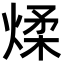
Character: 煣